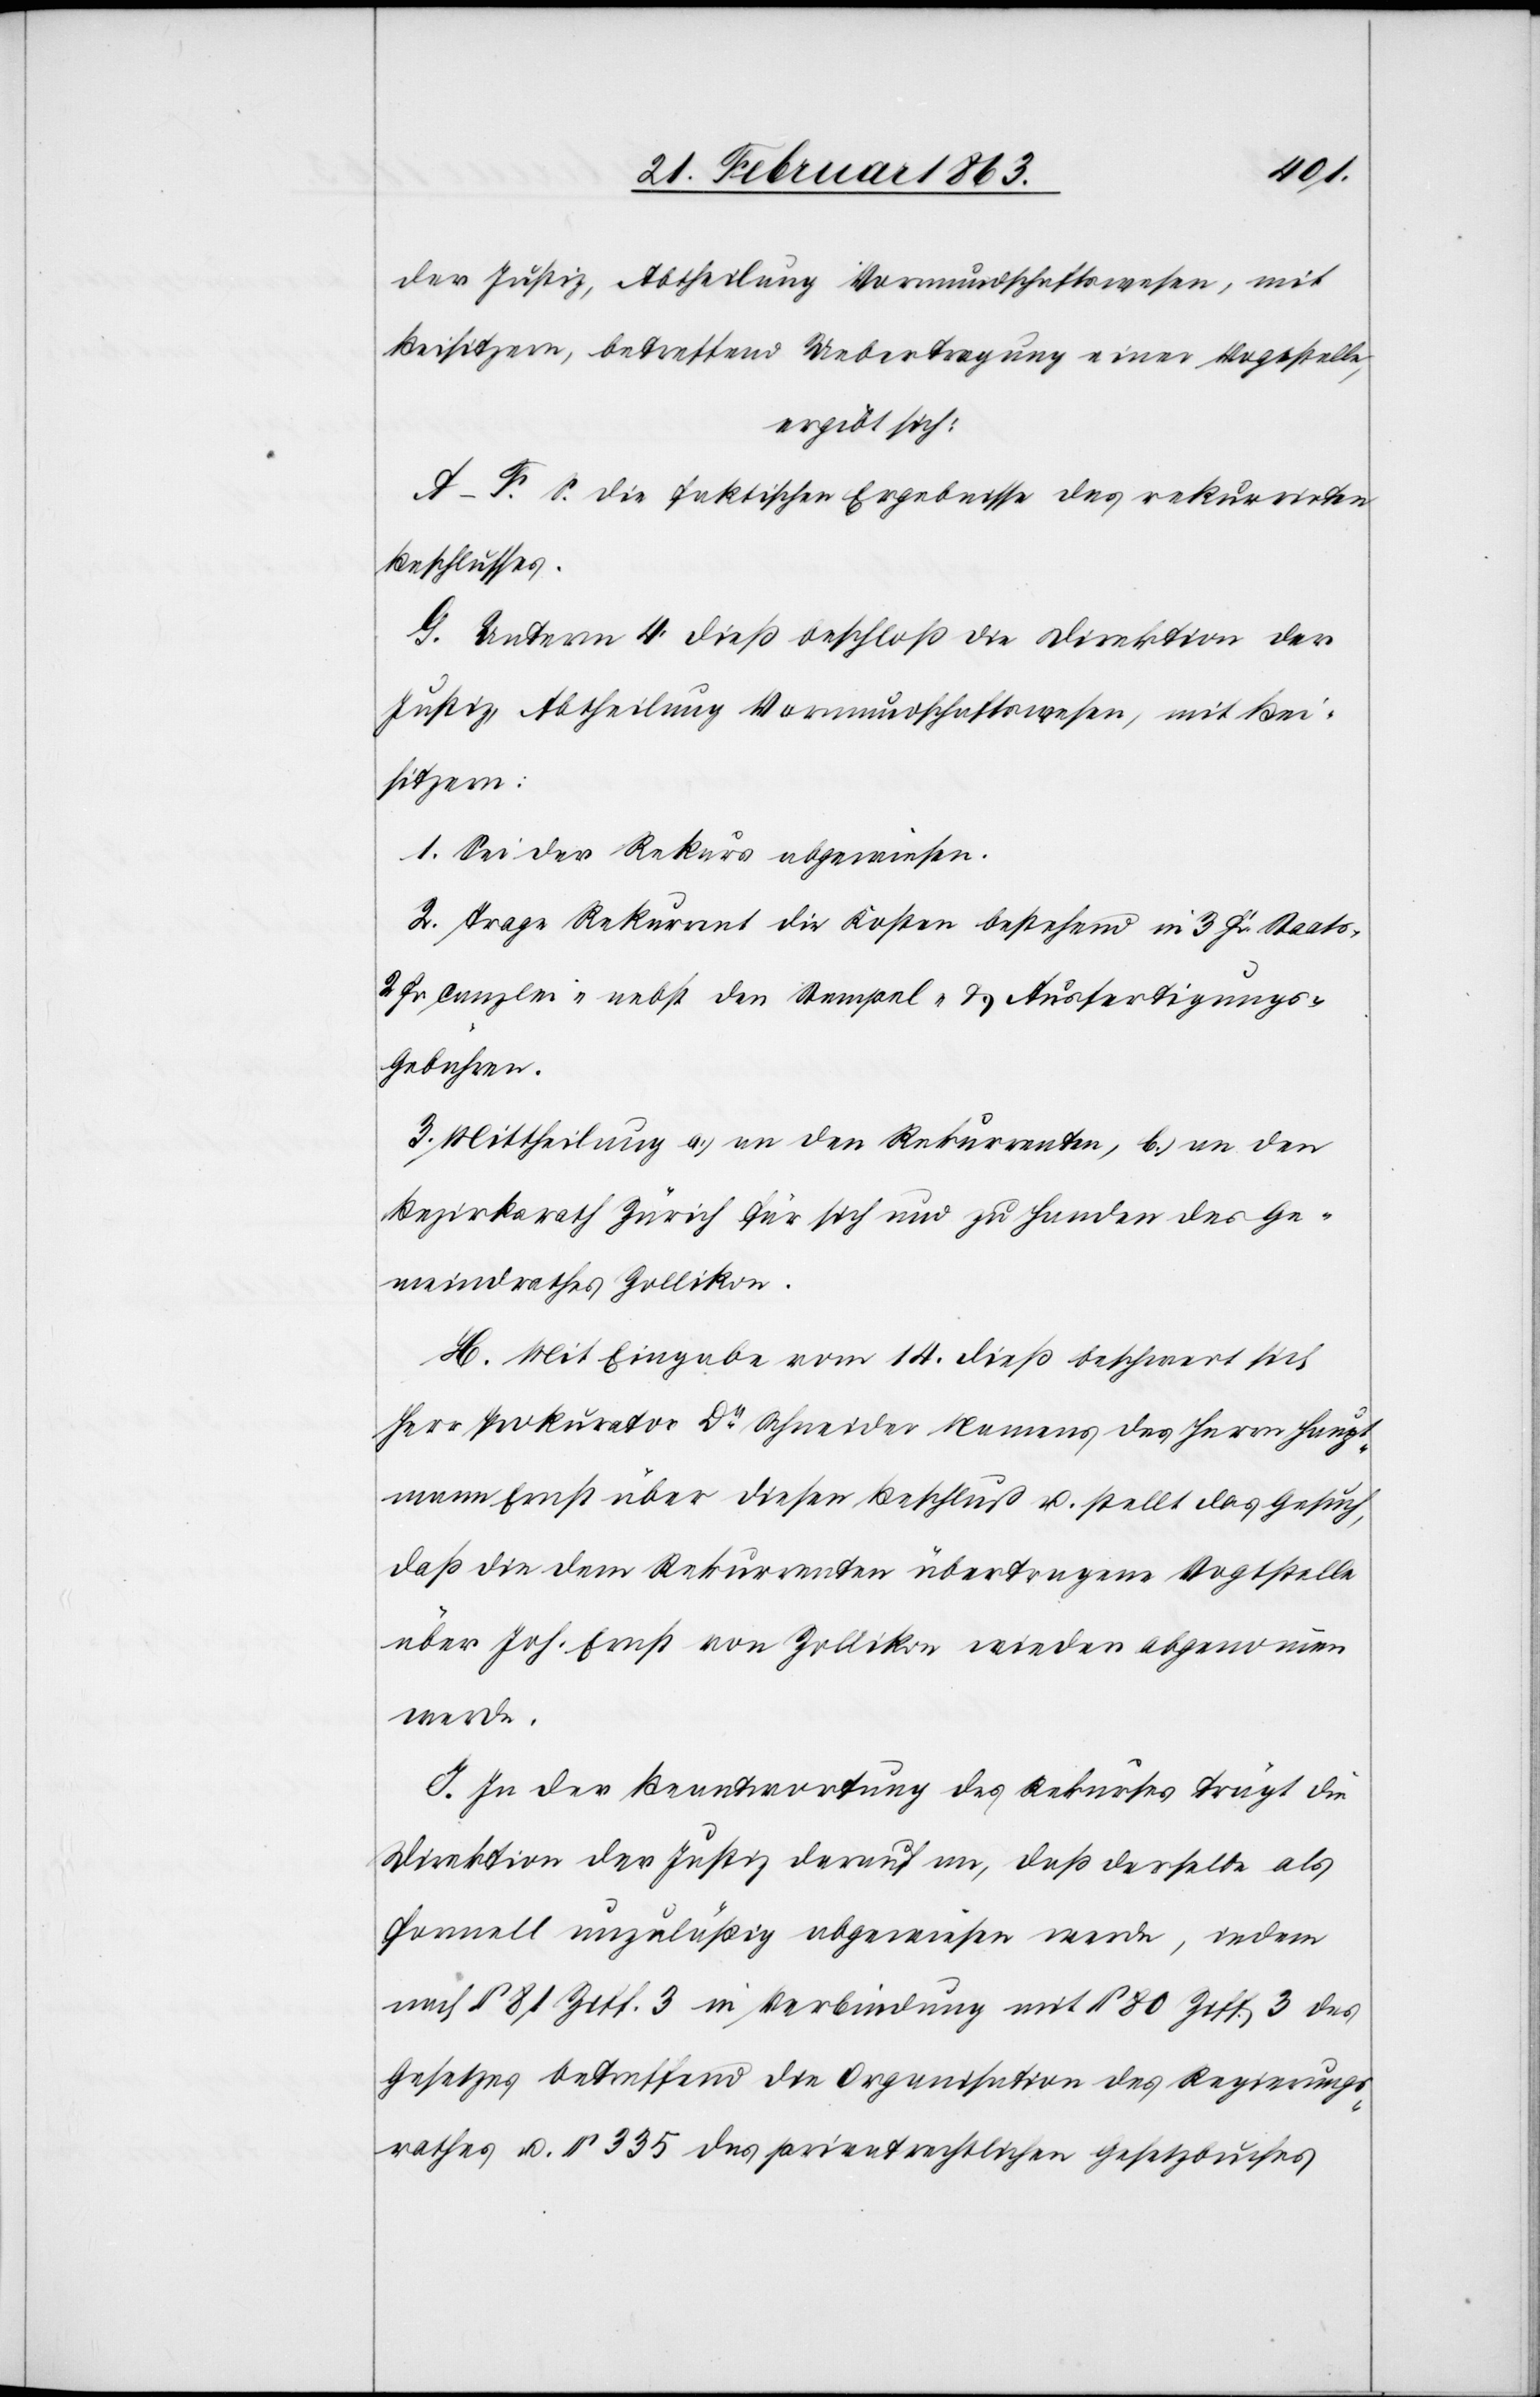
der Justiz, Abtheilung Vormundschaftswesen, mit
Beisitzern, betreffend Uebertragung einer Vogtstelle,
ergibt sich:
A–F. S. die faktischen Ergebnisse des rekurrirten
Beschlusses.
G. Unterm 4. dieß beschloß die Direktion der
Justiz, Abtheilung Vormundschaftswesen, mit Bei¬
sitzern:
1. Sei der Rekurs abgewiesen.
2. Trage Rekurrent die Kosten bestehend in 3 Fr. Staats-[,]
2 Fr Canzlei- nebst den Stempel- & Ausfertigungs-G¬
ebühren.
3. Mittheilung a.) an den Rekurrenten, b.) an den
Bezirksrath Zürich für sich und zu Handen des Ge¬
meindrathes Zollikon.
H. Mit Eingabe vom 14. dieß beschwert sich
Herr Prokurator Dr Schneider Namens des Herrn Haupt¬
mann Ernst über diesen Beschluß u. stellt das Gesuch,
daß die dem Rekurrenten übertragene Vogtstelle
über Joh. Ernst von Zollikon wieder abgenommen
werde.
J. In der Beantwortung des Rekurses trägt die
Direktion der Justiz darauf an, daß derselbe als
formell unzuläßig abgewiesen werde, indem
nach § 81 Ziff. 3 in Verbindung mit § 80 Ziff. 3 des
Gesetzes betreffend die Organisation des Regierungs¬
rathes u. § 335 des privatrechtlichen Gesetzbuches